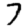
Digit: 7